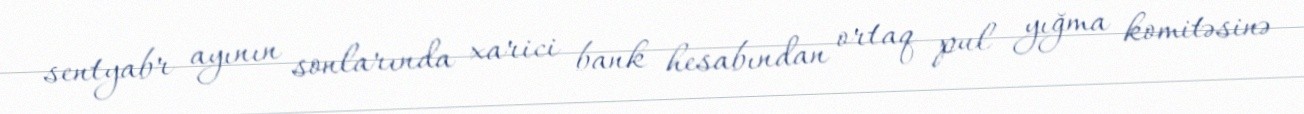
sentyabr ayının sonlarında xarici bank hesabından ortaq pul yığma komitəsinə